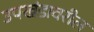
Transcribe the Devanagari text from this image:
उपखंडावरील